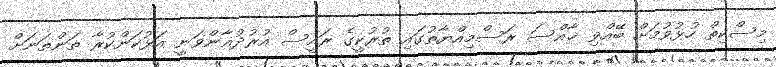
މިސްކިތް ހުޅުވުމަށް ބޭއްވި ޚާއްސަ ރަސްމިއްޔާތުގައި ތުރުކީގެ ރައީސް އުރުދުޣާންވަނީ އަޅުކަންކުރާ ތަންތަނަށް